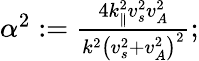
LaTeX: \begin{array}{r}{\alpha^{2}:=\frac{4k_{\parallel}^{2}v_{s}^{2}v_{A}^{2}}{k^{2}\left(v_{s}^{2}+v_{A}^{2}\right)^{2}};}\end{array}